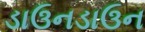
ડાઉનડાઉન